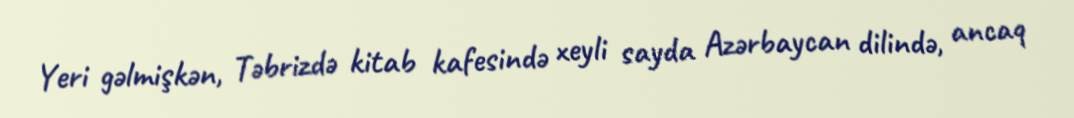
Yeri gəlmişkən, Təbrizdə kitab kafesində xeyli sayda Azərbaycan dilində, ancaq